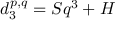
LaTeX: d _ { 3 } ^ { p , q } = S q ^ { 3 } + H